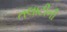
તલાટીની